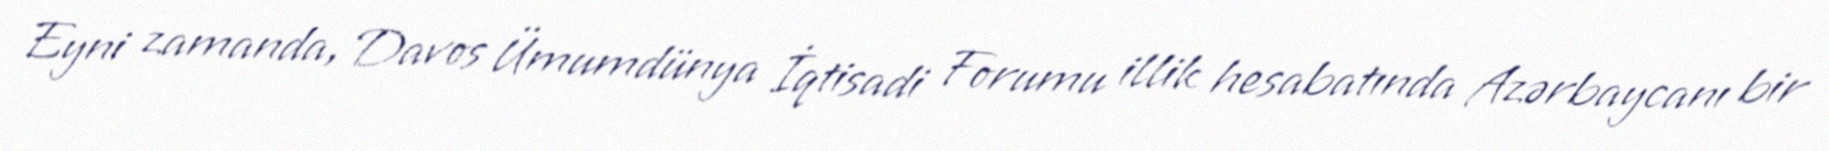
Eyni zamanda, Davos Ümumdünya İqtisadi Forumu illik hesabatında Azərbaycanı bir